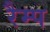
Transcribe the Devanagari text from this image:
रैम्‍प